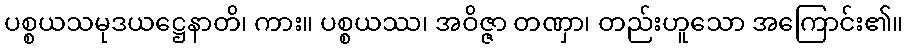
ပစ္စယသမုဒယဋ္ဌေနာတိ၊ ကား။ ပစ္စယဿ၊ အဝိဇ္ဇာ တဏှာ၊ တည်းဟူသော အကြောင်း၏။